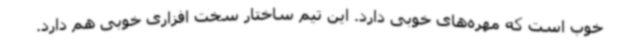
خوب است که مهره‌های خوبی دارد. این تیم ساختار سخت افزاری خوبی هم دارد.